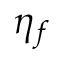
\eta _ { f }